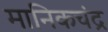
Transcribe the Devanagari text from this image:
मानिकचंद्र